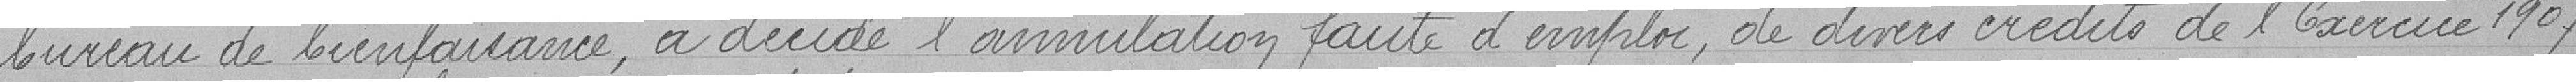
bureau de bienfaisance, a décidé l'annulation faute d'emploi, de divers crédits de l'Exercice 1907